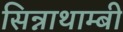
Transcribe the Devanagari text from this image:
सिन्नाथाम्बी